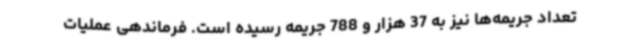
تعداد جریمه‌ها نیز به 37 هزار و 788 جریمه رسیده است. فرماندهی عملیات